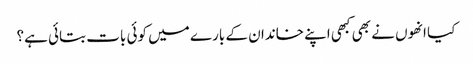
کیا انھوں نے بھی کبھی اپنے خاندان کے بارے میں کوئی بات بتائی ہے؟